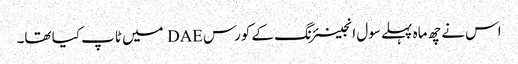
اس نے چھ ماہ پہلے سول انجینئرنگ کے کورس DAE میں ٹاپ کیا تھا۔